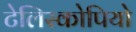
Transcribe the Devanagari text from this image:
टेलिस्कोपियो